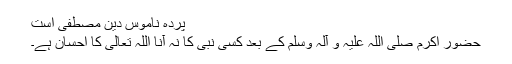
پردہ ناموس دین مصطفی است
حضور اکرم صلی اللہ علیہ و آلہ وسلم کے بعد کسی نبی کا نہ آنا اللہ تعالی کا احسان ہے۔